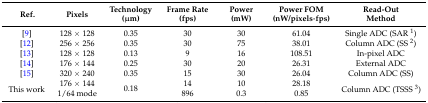
<table><thead><tr><td rowspan="2"><b>Ref.</b></td><td rowspan="2"><b>Pixels</b></td><td><b>Technology</b></td><td><b>Frame Rate</b></td><td><b>Power</b></td><td><b>Power FOM</b></td><td><b>Read-Out</b></td></tr><tr><td><b>(μm)</b></td><td><b>(fps)</b></td><td><b>(mW)</b></td><td><b>(nW/pixels∙fps)</b></td><td><b>Method</b></td></tr></thead><tbody><tr><td>[9]</td><td>128 × 128</td><td>0.35</td><td>30</td><td>30</td><td>61.04</td><td>Single ADC (SAR <sup>1</sup>)</td></tr><tr><td>[12]</td><td>256 × 256</td><td>0.35</td><td>30</td><td>75</td><td>38.01</td><td>Column ADC (SS <sup>2</sup>)</td></tr><tr><td>[13]</td><td>128 × 128</td><td>0.13</td><td>9</td><td>16</td><td>108.51</td><td>In-pixel ADC</td></tr><tr><td>[14]</td><td>176 × 144</td><td>0.25</td><td>30</td><td>20</td><td>26.31</td><td>External ADC</td></tr><tr><td>[15]</td><td>320 × 240</td><td>0.35</td><td>15</td><td>30</td><td>26.04</td><td>Column ADC (SS)</td></tr><tr><td rowspan="2">This work</td><td>176 × 144</td><td rowspan="2">0.18</td><td>14</td><td>10</td><td>28.18</td><td rowspan="2">Column ADC (TSSS <sup>3</sup>)</td></tr><tr><td>1/64 mode</td><td>896</td><td>0.3</td><td>0.85</td></tr></tbody></table>